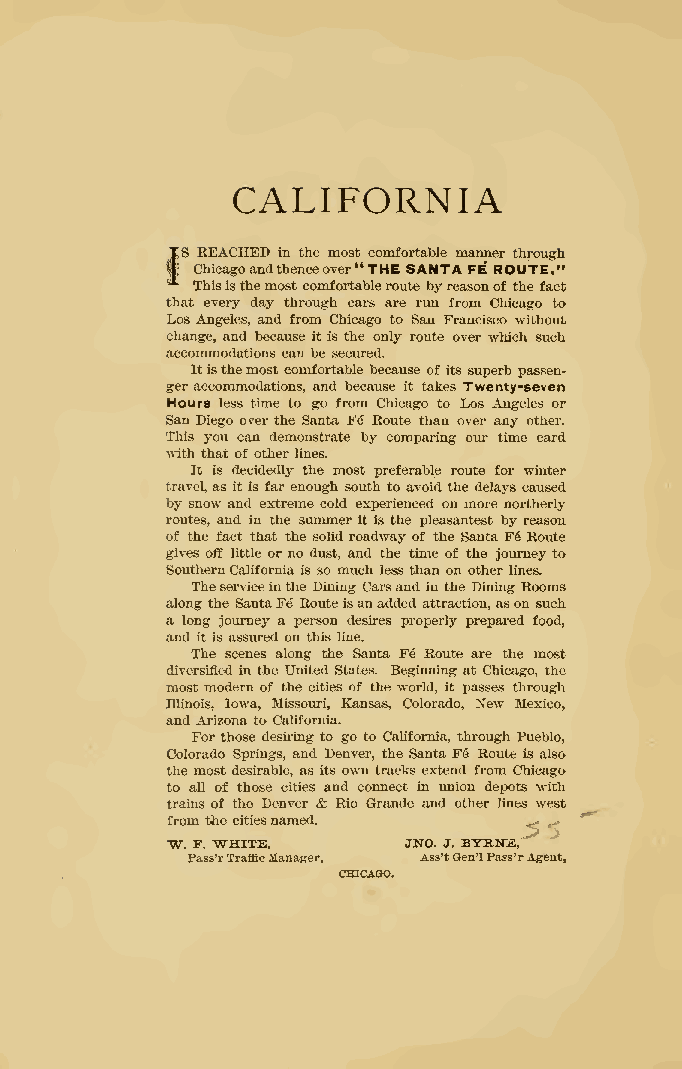
CALIFORNIA
 REACHED in the most comfortable manner through
 fS Chicagoandthenceover"THE SANTA FE ROUTE."
 Thisisthemost comfortableroute byreasonof the fact
 that every day through cars are run from Chicago to
 Los Angeles, and from Chicago to San Francisco without
 change, and because it is the only route over which such
 accommodations can be seciu-ed.
 Itisthemostcomfortable because of its superb passen-
 ger accommodations, and because it takes Twenty-seven
 Hours less time to go from Chicago to Los Angeles or
 San Diego over the Santa F6 Route than over any other.
 This you can demonstrate by comparing om* time card
 with that of other lines.
 It is decidedly the most preferable route for winter
 travel,as it is farenough south to avoid the delays caused
 by snow and extreme cold experienced on more northerly
 routes, and in the summer itis the pleasantest by reason
 of the fact that the solid roadway of the Santa Fe Route
 gives off little or no dust, and the time of the journeyto
 SouthernCalifornia is so much less than on other lines.
 Theserviceinthe Dining Carsand in the Dining Rooms
 along the SantaFe Routeisanadded attraction, ason such
 a long journey a person desires properly prepared food,
 and it is assm'ed on this line.
 The scenes along the Santa Fe Route are the most
 diversified in the United States. Beginning at Chicago, the
 most modern of the cities of the world, it passes through
 Illinois, Iowa, Missom-i, Kansas, Colorado, New Mexico,
 and Arizona to CaUfornia.
 Forthose desiring to go to California, through Pueblo,
 Colorado Springs, and Denver, the Santa Fe Route is also
 the mostdesirable, asits own tracks extend from Chicago
 to all of those cities and connect in imion depots with
 trains of the Denver & Rio Grande and other lines west
 fromthe citiesnamed.    ,.. , .
 W. F. WHITE,    JNO. J. BYRNIE,
 Pass'rTrafficManager, Ass'tGen'lPass'rAgent,